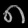
Digit: ၈